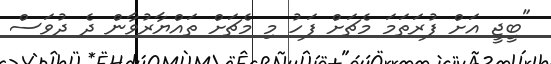
"ބީޖީ އަށް ފުރަތަމަ މެޗަށް ފަހު މި މެޗަށް ތައްޔާރުވާން ދެ ދުވަސް